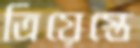
ত্রিয়েস্তে